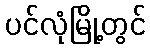
ပင်လုံမြို့တွင်